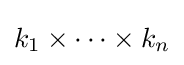
k_{1}\times \dots \times k_{n}